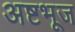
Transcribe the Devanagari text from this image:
अष्टभूज